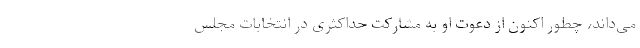
می‌داند، چطور اکنون از دعوت او به مشارکت حداکثری در انتخابات مجلس